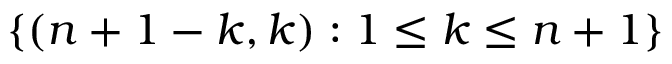
\{ ( n + 1 - k , k ) : 1 \leq k \leq n + 1 \}